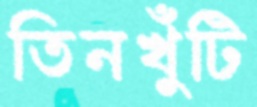
তিনখুঁটি